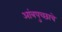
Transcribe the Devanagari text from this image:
आंत्रपुच्छाचे